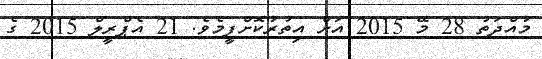
މުއްދަތު 28 މޭ 2015 އަށް އިތުރުކޮށްފީމެވެ. 21 އެޕްރީލް 2015 ގެ